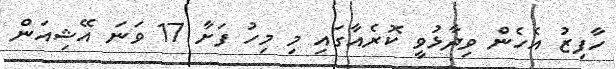
ހާފިޒު އެހެން ވިދާޅުވީ ކޮރެއާގައި މި މިހު ފަށާ 17 ވަނަ އޭޝިއަން